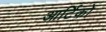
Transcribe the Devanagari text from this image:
आर्टिको